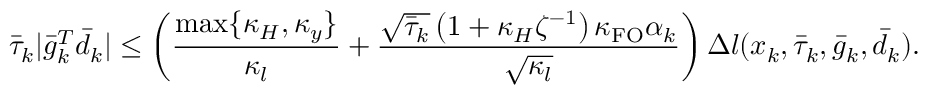
\bar { \tau } _ { k } | \bar { g } _ { k } ^ { T } \bar { d } _ { k } | \leq \left( \frac { \operatorname* { m a x } \{ \kappa _ { H } , \kappa _ { y } \} } { \kappa _ { l } } + \frac { \sqrt { \bar { \tau } _ { k } } \left( 1 + \kappa _ { H } \zeta ^ { - 1 } \right) \kappa _ { \mathrm { F O } } \alpha _ { k } } { \sqrt { \kappa _ { l } } } \right) \Delta l ( x _ { k } , \bar { \tau } _ { k } , \bar { g } _ { k } , \bar { d } _ { k } ) .